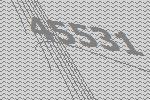
45531